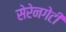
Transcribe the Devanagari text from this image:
सेरेनगेटी